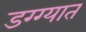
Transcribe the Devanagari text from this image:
डग्ग्यात